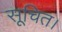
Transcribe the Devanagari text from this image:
सूचित।